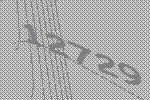
12729